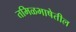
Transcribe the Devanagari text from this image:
तमिळभाषेतील